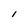
Character: l